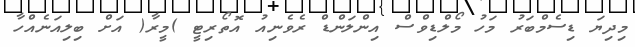
މިދިޔަ ޑިސެމްބަރު މަހު މޯލްޑިވްސް އިންލަންޑް ރެވެނިއު އޮތޯރިޓީ )މީރާ( އަށް ބިލިއަނެއްހާ